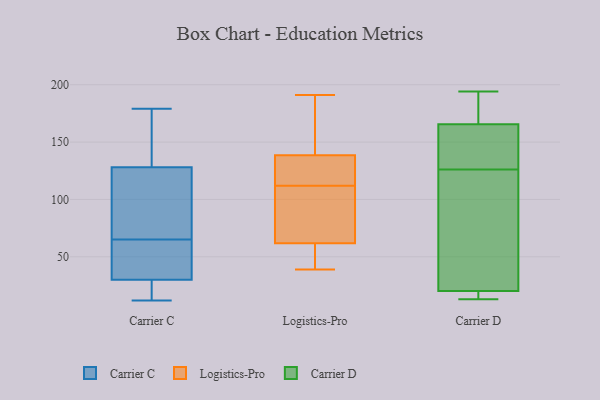
{"axis": {"x": "Headcount", "y": "Value"}, "legend": ["Carrier C", "Carrier D", "Logistics-Pro"], "data": [{"x": "", "y": 160, "type": "Carrier C"}, {"x": "", "y": 128, "type": "Carrier C"}, {"x": "", "y": 30, "type": "Carrier C"}, {"x": "", "y": 89, "type": "Carrier C"}, {"x": "", "y": 82, "type": "Carrier C"}, {"x": "", "y": 168, "type": "Carrier C"}, {"x": "", "y": 12, "type": "Carrier C"}, {"x": "", "y": 56, "type": "Carrier C"}, {"x": "", "y": 179, "type": "Carrier C"}, {"x": "", "y": 29, "type": "Carrier C"}, {"x": "", "y": 18, "type": "Carrier C"}, {"x": "", "y": 69, "type": "Carrier C"}, {"x": "", "y": 38, "type": "Carrier C"}, {"x": "", "y": 61, "type": "Carrier C"}, {"x": "", "y": 39, "type": "Logistics-Pro"}, {"x": "", "y": 148, "type": "Logistics-Pro"}, {"x": "", "y": 116, "type": "Logistics-Pro"}, {"x": "", "y": 42, "type": "Logistics-Pro"}, {"x": "", "y": 112, "type": "Logistics-Pro"}, {"x": "", "y": 145, "type": "Logistics-Pro"}, {"x": "", "y": 44, "type": "Logistics-Pro"}, {"x": "", "y": 161, "type": "Logistics-Pro"}, {"x": "", "y": 191, "type": "Logistics-Pro"}, {"x": "", "y": 119, "type": "Logistics-Pro"}, {"x": "", "y": 118, "type": "Logistics-Pro"}, {"x": "", "y": 57, "type": "Logistics-Pro"}, {"x": "", "y": 99, "type": "Logistics-Pro"}, {"x": "", "y": 97, "type": "Logistics-Pro"}, {"x": "", "y": 76, "type": "Logistics-Pro"}, {"x": "", "y": 13, "type": "Carrier D"}, {"x": "", "y": 185, "type": "Carrier D"}, {"x": "", "y": 13, "type": "Carrier D"}, {"x": "", "y": 126, "type": "Carrier D"}, {"x": "", "y": 19, "type": "Carrier D"}, {"x": "", "y": 114, "type": "Carrier D"}, {"x": "", "y": 138, "type": "Carrier D"}, {"x": "", "y": 169, "type": "Carrier D"}, {"x": "", "y": 187, "type": "Carrier D"}, {"x": "", "y": 17, "type": "Carrier D"}, {"x": "", "y": 32, "type": "Carrier D"}, {"x": "", "y": 24, "type": "Carrier D"}, {"x": "", "y": 142, "type": "Carrier D"}, {"x": "", "y": 155, "type": "Carrier D"}, {"x": "", "y": 194, "type": "Carrier D"}]}